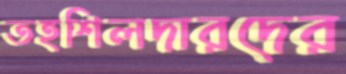
তহশিলদারদের